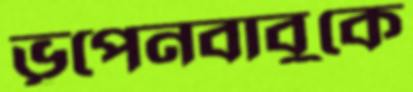
ভূপেনবাবুকে